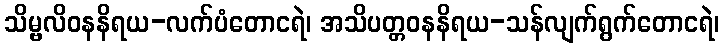
သိမ္ဗလိဝနနိရယ-လက်ပံတောငရဲ၊ အသိပတ္တဝနနိရယ-သန်လျက်ရွက်တောငရဲ၊